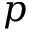
p